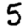
Digit: 5